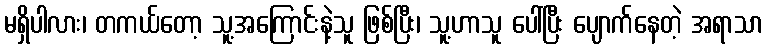
မရှိပါလား၊ တကယ်တော့ သူ့အကြောင်းနဲ့သူ ဖြစ်ပြီး၊ သူ့ဟာသူ ပေါ်ပြီး ပျောက်နေတဲ့ အရာသာ